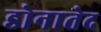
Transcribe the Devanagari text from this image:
डोनातेद